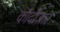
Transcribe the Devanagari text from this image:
कॉर्दोज़ार